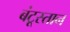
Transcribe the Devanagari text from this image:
बंटूस्तान